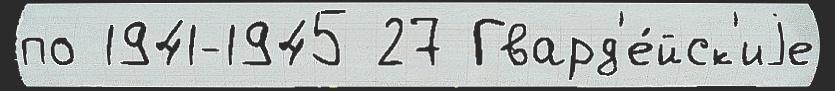
по 1941-1945 27 Гвард'е́йск'иjе